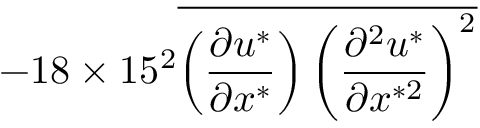
- 1 8 \times 1 5 ^ { 2 } \overline { { \left( \frac { \partial u ^ { * } } { \partial x ^ { * } } \right) \left( \frac { \partial ^ { 2 } u ^ { * } } { \partial x ^ { * 2 } } \right) ^ { 2 } } }